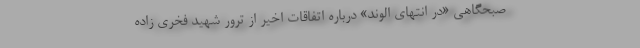
صبحگاهی «در انتهای الوند» درباره اتفاقات اخیر از ترور شهید فخری زاده